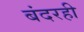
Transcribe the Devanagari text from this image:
बंदरही